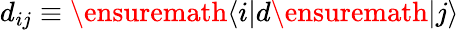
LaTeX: d_{ij}\equiv\ensuremath{\langle i|}d\ensuremath{|j\rangle}